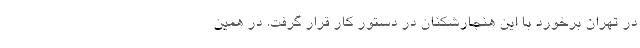
در تهران برخورد با این هنجارشکنان در دستور کار قرار گرفت. در همین